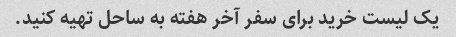
یک لیست خرید برای سفر آخر هفته به ساحل تهیه کنید.